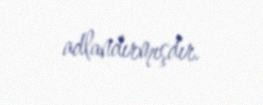
adlandırmışdır.